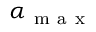
\alpha _ { \mathrm { ~ m ~ a ~ x ~ } }